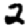
Digit: 2